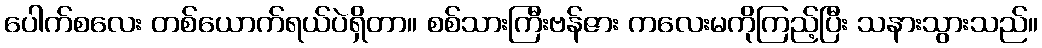
ပေါက်စလေး တစ်ယောက်ရယ်ပဲရှိတာ။ စစ်သားကြီးဗန်ဇား ကလေးမကိုကြည့်ပြီး သနားသွားသည်။